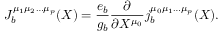
J _ { b } ^ { \mu _ { 1 } \mu _ { 2 } \ldots \mu _ { p } } ( X ) = \frac { e _ { b } } { g _ { b } } \frac { \partial } { \partial X ^ { \mu _ { 0 } } } j _ { b } ^ { \mu _ { 0 } \mu _ { 1 } \ldots \mu _ { p } } ( X ) .